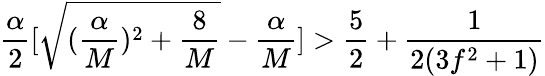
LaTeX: \frac{\alpha}{2}[\sqrt{(\frac{\alpha}{M})^{2}+\frac{8}{M}}-\frac{\alpha}{M}]>\frac{5}{2}+\frac{1}{2(3f^{2}+1)}